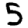
Digit: 5